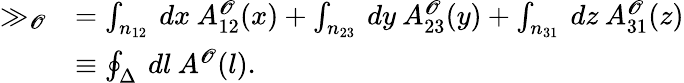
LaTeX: \begin{array}{rl}{\gg_{\mathscr{O}}}&{=\int_{n_{12}}\: dx\: {A}_{12}^{\mathscr{O}}(x)+\int_{n_{23}}\: dy\: {A}_{23}^{\mathscr{O}}(y)+\int_{n_{31}}\: dz\: {A}_{31}^{\mathscr{O}}(z)}\\ &{\equiv\oint_{\Delta}\: dl\: {A}^{\mathscr{O}}(l).}\end{array}